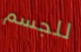
للجسم